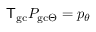
{ \sf T } _ { \mathrm { g c } } P _ { \mathrm { g c } \Theta } = p _ { \theta }